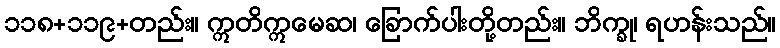
၁၁၈+၁၁၉+တည်း။ ဣတိဣမေဆ၊ ခြောက်ပါးတို့တည်း။ ဘိက္ခု၊ ရဟန်းသည်။